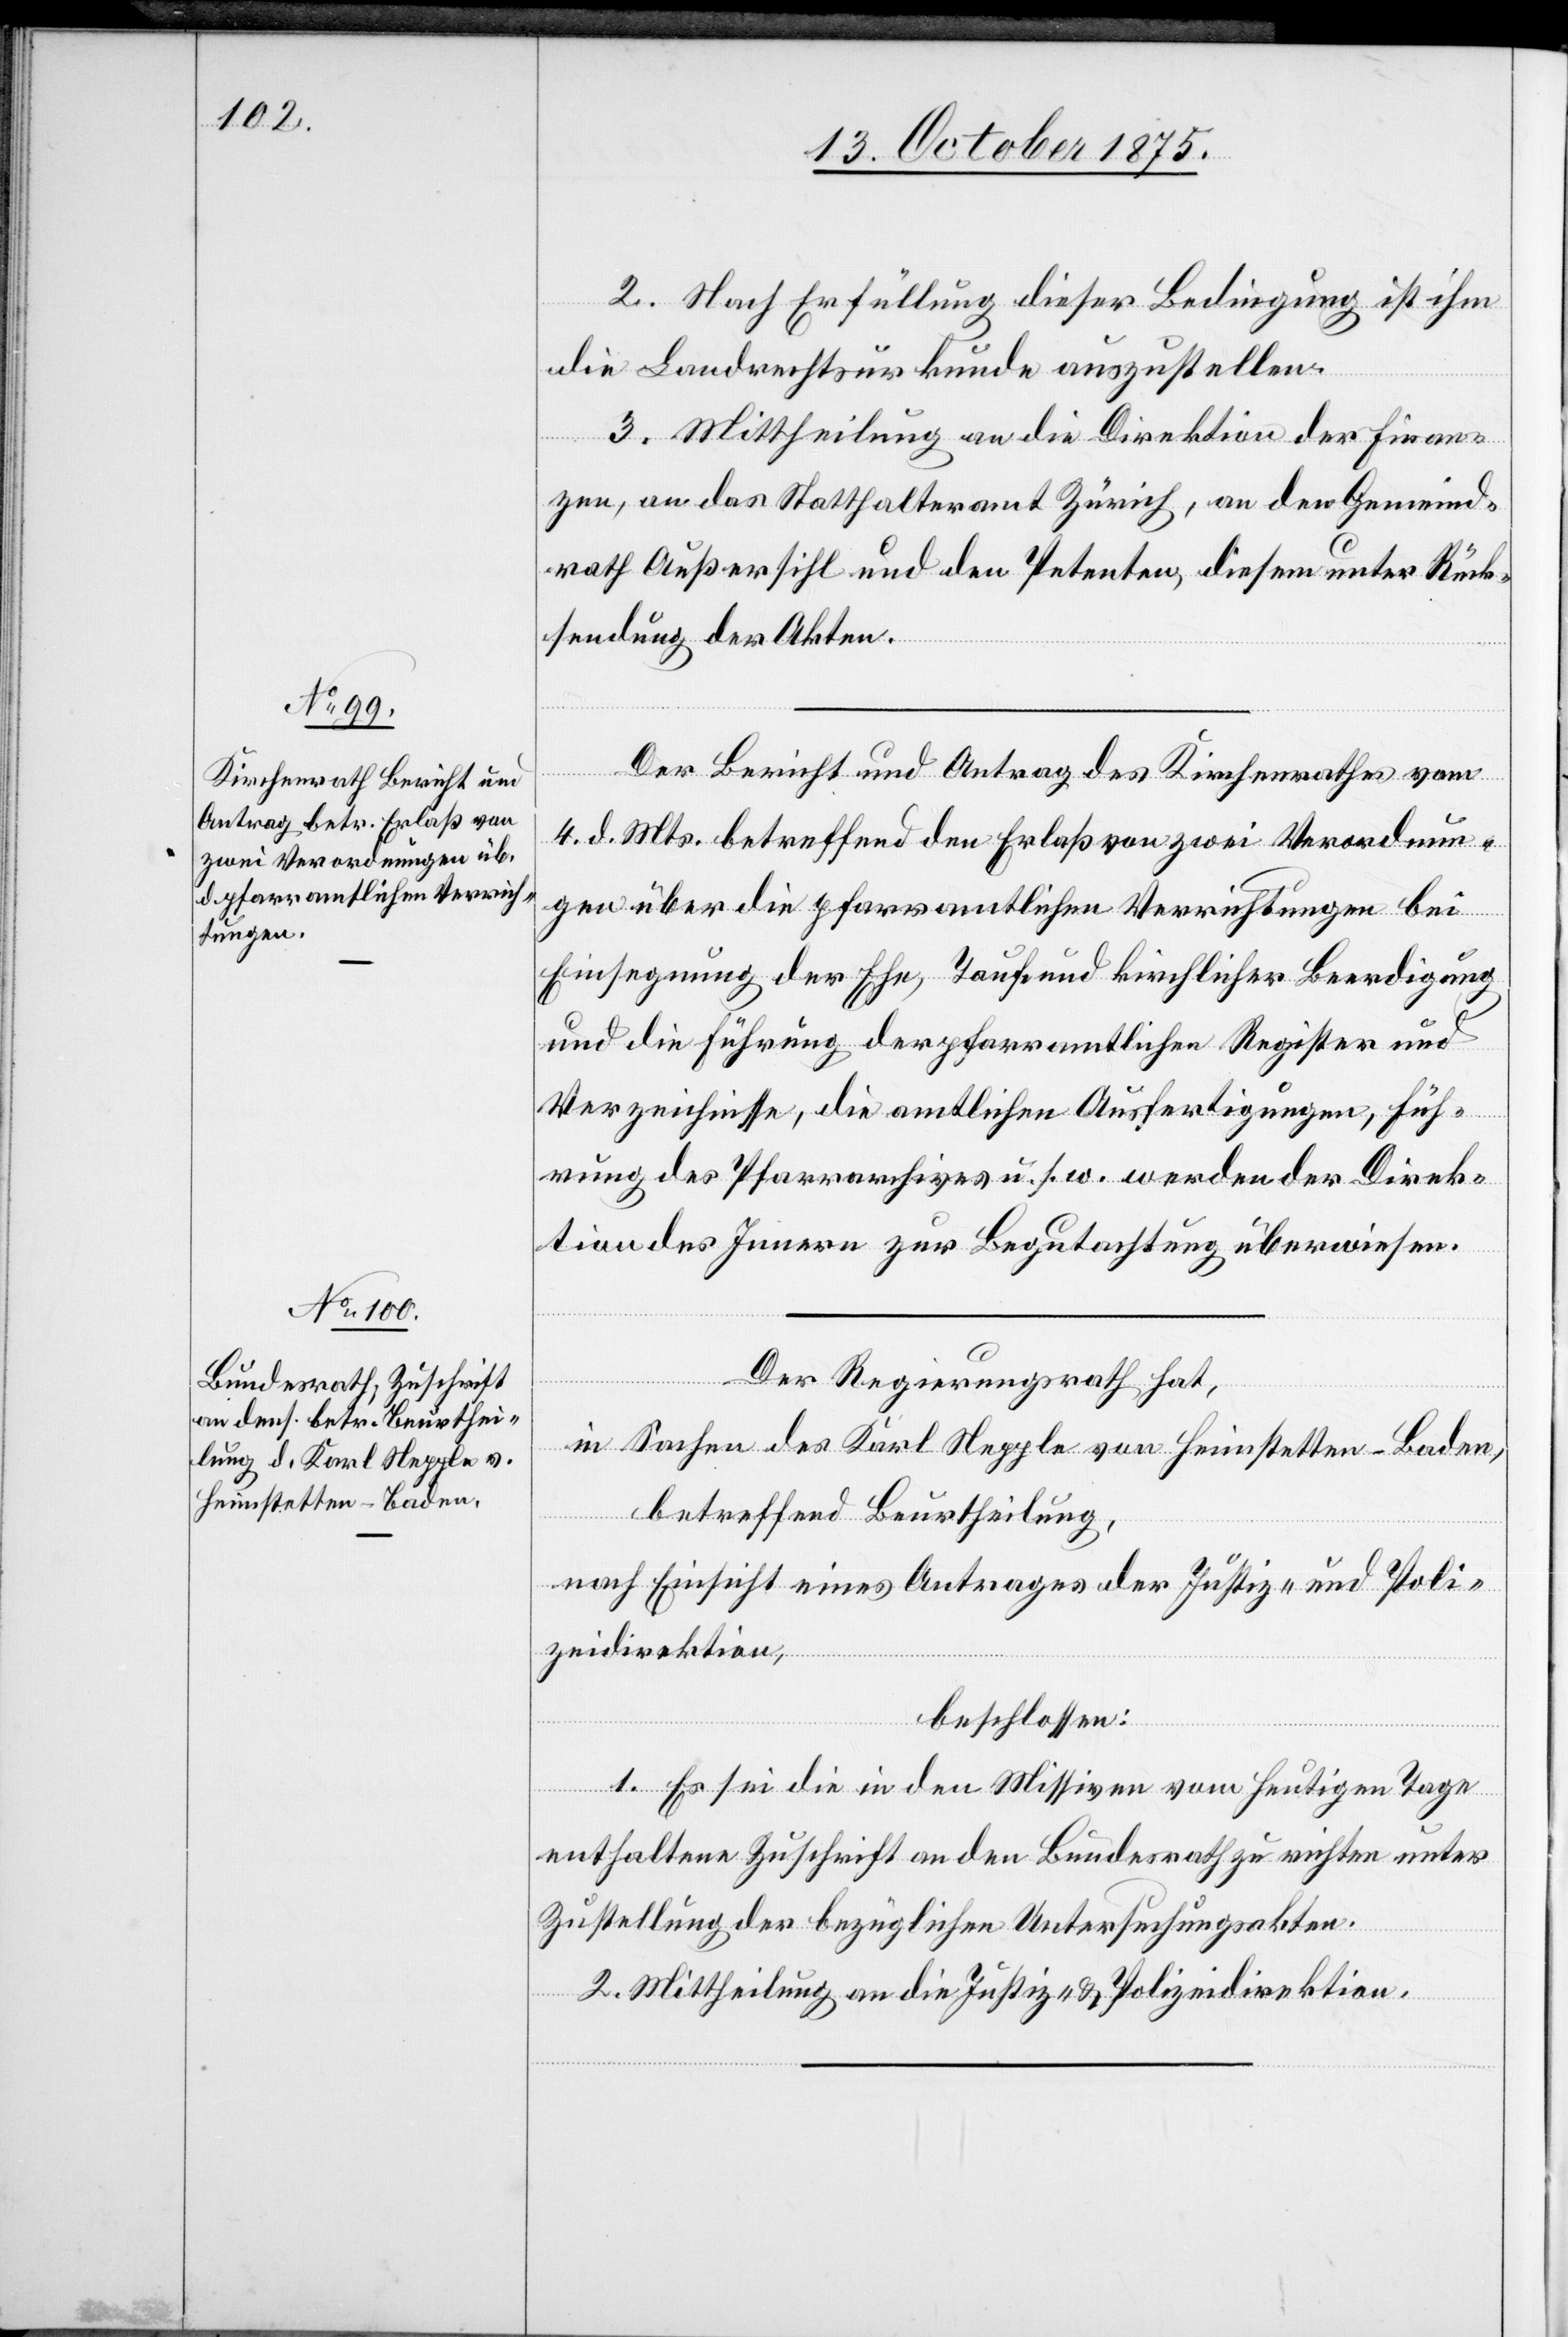
2. Nach Erfüllung dieser Bedingung ist ihm
die Landrechtsurkunde auszustellen.
3. Mittheilung an die Direktion der Finan¬
zen, an das Statthalteramt Zürich, an den Gemeind¬
rath Außersihl und den Petenten, diesem unter Rück¬
sendung der Akten.
Der Bericht und Antrag des Kirchenrathes vom
4. d. Mts. betreffend den Erlaß von zwei Verordnun¬
gen über die pfarramtlichen Verrichtungen bei
Einsegnung der Ehe, Taufe und kirchlicher Beerdigung
und die Führung der pfarramtlichen Register und
Verzeichnisse, die amtlichen Ausfertigungen, Füh¬
rung des Pfarrarchives u. s. w. werden der Direk¬
tion des Innern zur Begutachtung überwiesen.
Der Regierungsrath hat,
in Sachen des Karl Nepple von Heimstetten - Baden,
betreffend Beurtheilung,
nach Einsicht eines Antrages der Justiz- und Poli¬
zeidirektion,
beschlossen:
1. Es sei die in den Missiven vom heutigen Tage
enthaltene Zuschrift an den Bundesrath zu richten unter
Zustellung der bezüglichen Untersuchungsakten.
2. Mittheilung an die Justiz- & Polizeidirektion.